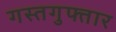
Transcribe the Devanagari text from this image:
गस्तगुफ्तार